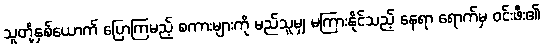
သူတို့နှစ်ယောက် ပြောကြမည့် စကားများကို မည်သူမျှ မကြားနိုင်သည့် နေရာ ရောက်မှ ဝင်းဖီး၏